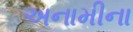
અનામીના